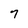
Character: 7